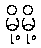
မို့မို့